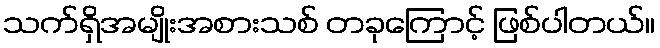
သက်ရှိအမျိုးအစားသစ် တခုကြောင့် ဖြစ်ပါတယ်။